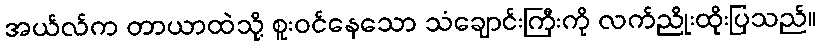
အယ်လ်က တာယာထဲသို့ စူးဝင်နေသော သံချောင်းကြီးကို လက်ညိုးထိုးပြသည်။